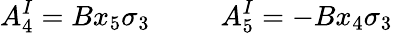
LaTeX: A_{4}^{I}=Bx_{5}\sigma_{3}~~~~~~~~~~A_{5}^{I}=-Bx_{4}\sigma_{3}